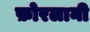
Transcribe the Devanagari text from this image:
फ़ोरलानी